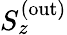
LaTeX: S_{z}^{(\mathrm{out})}